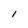
Character: 1